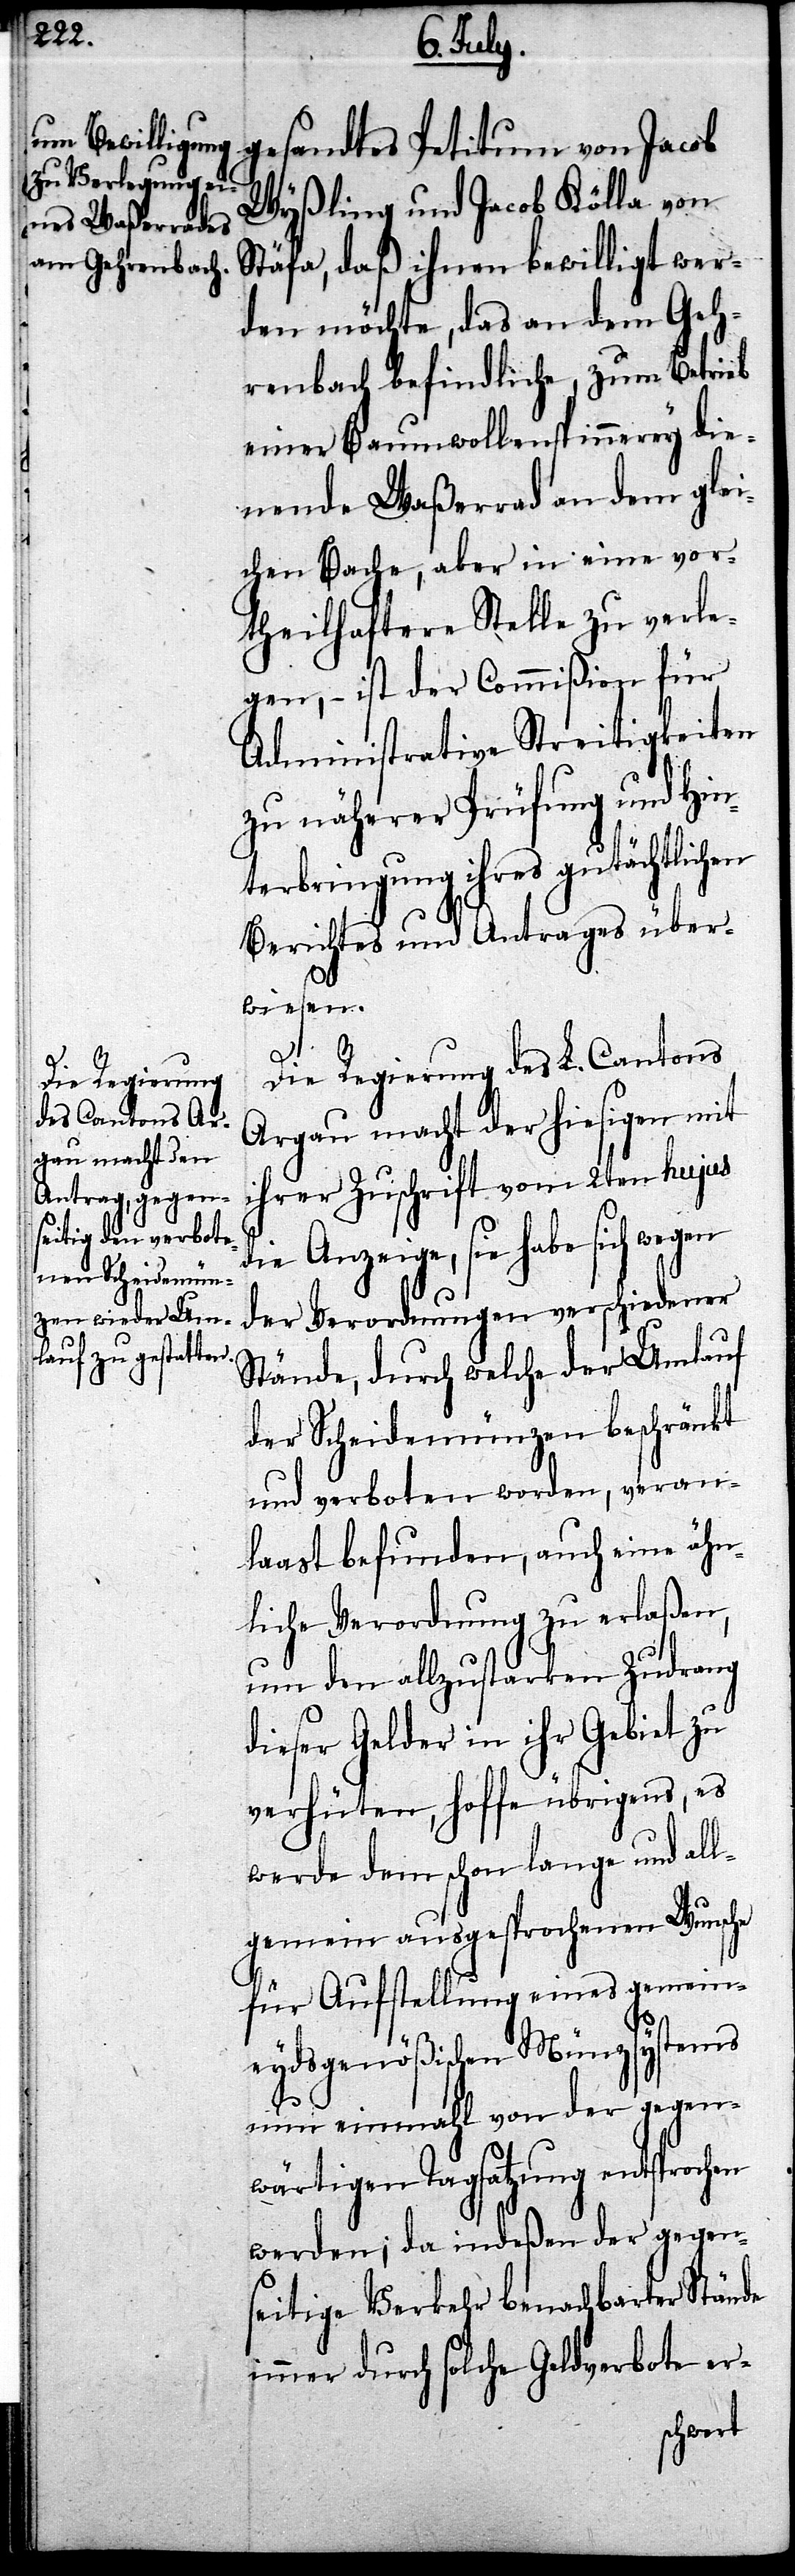
gesandtes Petitum von Jacob
Wyßling und Jacob Kölla von
Stäfa, daß ihnen bewilligt wer¬
den möchte, das an dem Geh¬
renbach befindliche, zum Betrieb
einer Baumwollenspinnerey die¬
nende Waßerrad an dem glei¬
chen Bache, aber in eine vor¬
theilhaftere Stelle zu verle¬
gen, – ist der Commißion für
Administrative Streitigkeiten
zu näherer Prüfung und Hin¬
terbringung ihres gutächtlichen
Berichtes und Antrages über¬
wiesen.
Die Regierung des L. Cantons
Argau macht der hiesigen mit
ihrer Zuschrift vom 2ten hujus
die Anzeige, sie habe sich wegen
der Verordnungen verschiedener
Stände, durch welche der Umlauf
der Scheidemünzen beschränkt
und verboten worden, veran¬
laast befunden, auch eine ähn¬
liche Verordnung zu erlaßen,
um den allzustarken Zudrang
dieser Gelder in ihr Gebiet zu
verhüten, hoffe übrigens, es
werde dem schon lange und all¬
gemein ausgesprochenen Wunsche
für Aufstellung eines gemein¬
eydsgenößischen Münzsystems
nun einmahl von der gegen¬
wärtigen Tagsatzung entspro¬
werden; da indeßen der gegen¬
seitige Verkehr benachbarter Stände
immer durch solche Geldverbote er-
chen